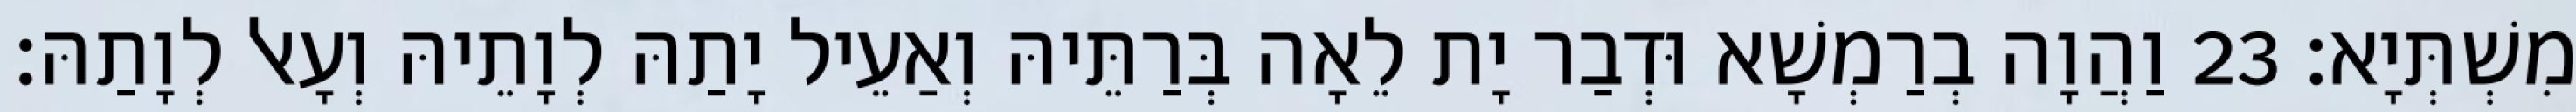
מִשְׁתְּיָא׃ 23 וַהֲוָה בְרַמְשָׁא וּדְבַר יָת לֵאָה בְּרַתֵּיהּ וְאַעֵיל יָתַהּ לְוָתֵיהּ וְעָאל לְוָתַהּ׃